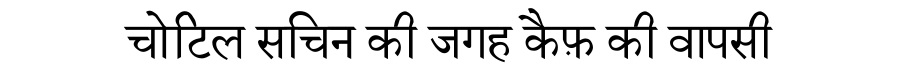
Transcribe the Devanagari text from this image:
चोटिल सचिन की जगह कैफ़ की वापसी